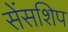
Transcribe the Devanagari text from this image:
सेंसशिप